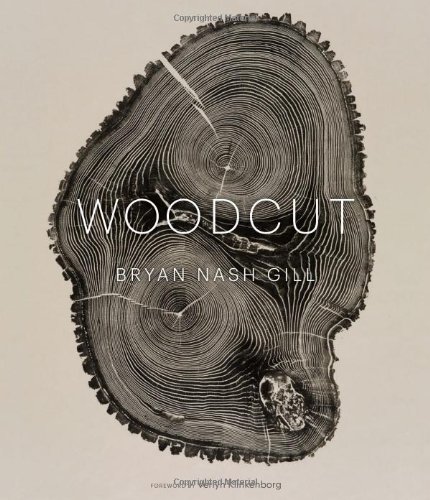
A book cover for Woodcut; Bryan Nash Gill; Arts & Photography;